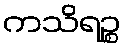
ကသိရဉ္စ